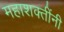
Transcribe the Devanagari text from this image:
महाशक्तींनी